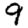
Digit: 9